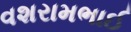
વશરામભાઈ